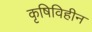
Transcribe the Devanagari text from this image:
कृषिविहीन